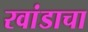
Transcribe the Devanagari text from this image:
रवांडाचा